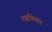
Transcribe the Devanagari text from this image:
रसविचार